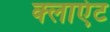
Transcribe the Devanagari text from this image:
क्‍लाएंट